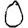
Digit: 0